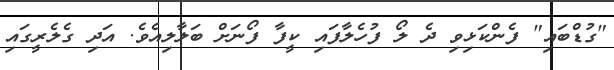
"ގުޑްބައި" ފެންކަޅިވި ދެ ލޯ ފުހެލާފައި ކީފާ ފޯނަށް ބަލާލިއެވެ. އަދި ގެލެރީގައި